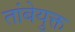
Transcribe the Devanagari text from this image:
तांबेयुक्त